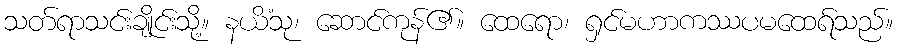
သတ်ရာသင်းချိုင်းသို့။ နယိံသု၊ ဆောင်ကုန်၏။ ထေရော၊ ရှင်မဟာကဿပမထေရ်သည်။